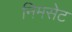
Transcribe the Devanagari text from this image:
निमसेट